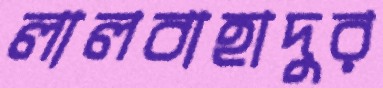
লালবাহাদুর